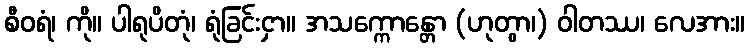
စီဝရံ၊ ကို။ ပါရုပိတုံ၊ ရုံခြင်းငှာ။ အသက္ကောန္တော (ဟုတွာ၊) ဝါတဿ၊ လေအား။